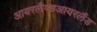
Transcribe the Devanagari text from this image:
आयरलैण्डआयरलैंड